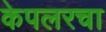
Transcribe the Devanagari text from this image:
केपलरचा